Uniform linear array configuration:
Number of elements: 24
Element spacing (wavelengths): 0.75
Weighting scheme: hamming
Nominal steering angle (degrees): -60
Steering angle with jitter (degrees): -60.366
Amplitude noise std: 0.05
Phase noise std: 0.05

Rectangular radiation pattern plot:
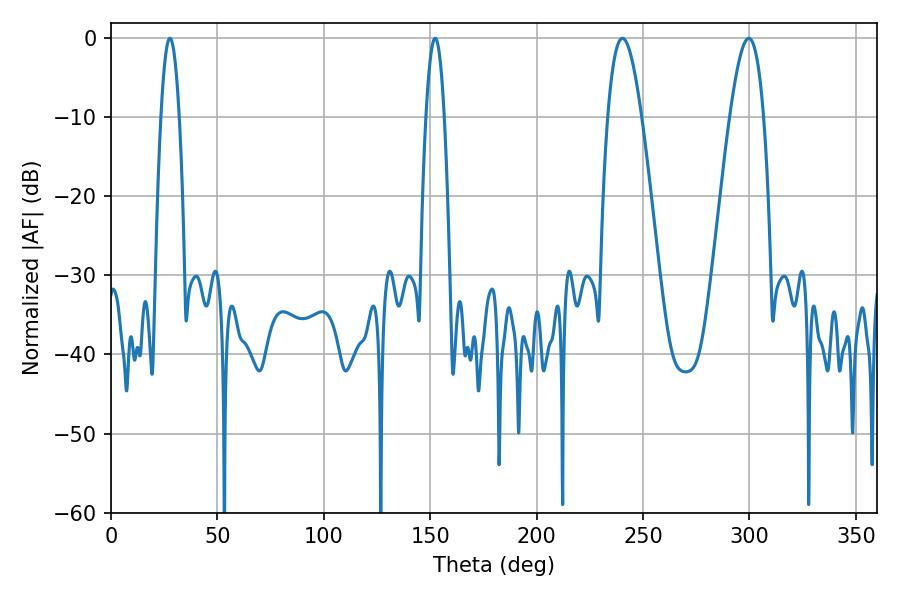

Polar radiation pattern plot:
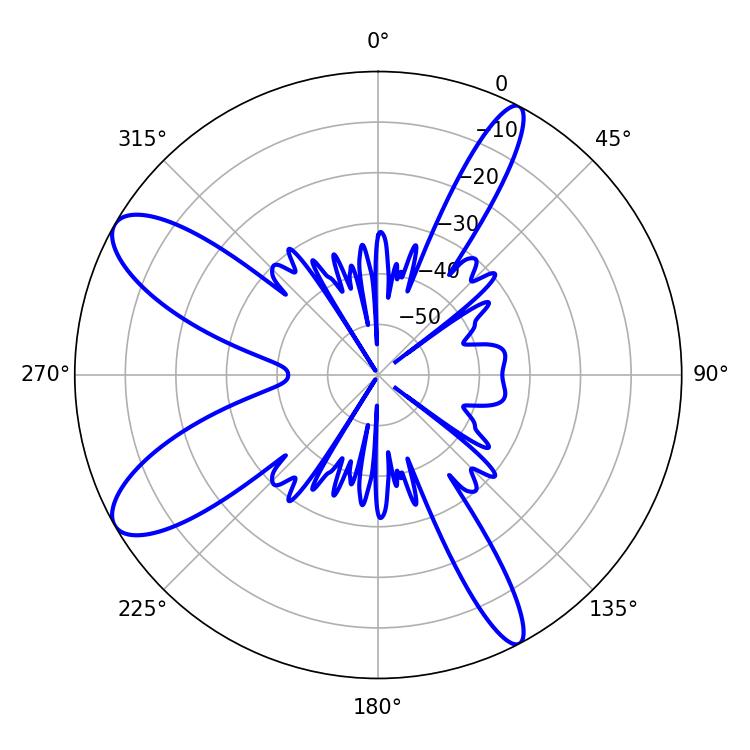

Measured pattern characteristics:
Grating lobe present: TRUE
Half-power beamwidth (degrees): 8.64
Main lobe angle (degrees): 240.3